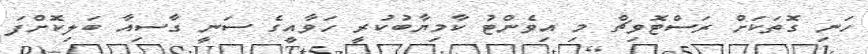
ހަނި ގޮތަކަށް ރަސްޓޮވިޗް މި އިވެންޓު ކާމިޔާބުކުރީ ހަވާއީގެ ސަނީ ގާސިއާ ބަލިކޮށްފަ